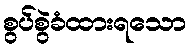
စွပ်စွဲခံထားရသော